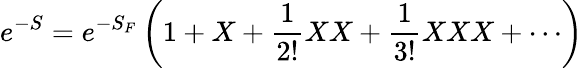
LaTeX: e^{-S}=e^{-S_{F}}\left(1+X+{\frac{1}{2!}}XX+{\frac{1}{3!}}XXX+\cdots\right)